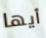
أيها